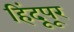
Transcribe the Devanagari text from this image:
हिंदूपूर